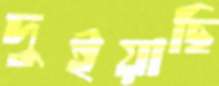
দুইয়াছি